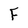
Character: F